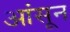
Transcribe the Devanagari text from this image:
आंसून